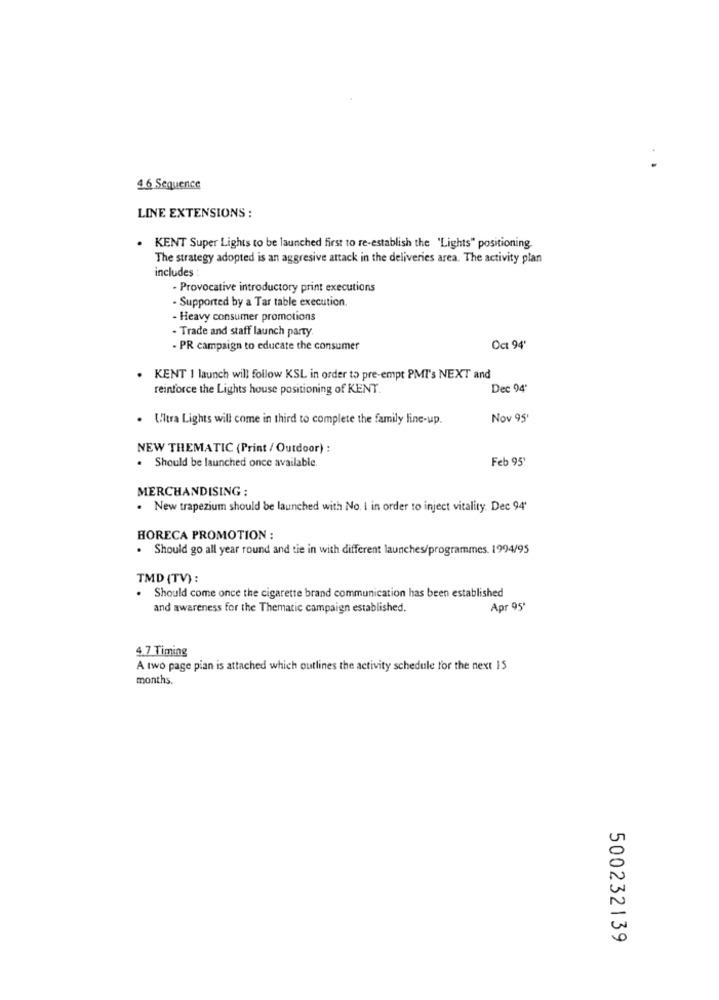
4.6 Sequence
LINE EXTENSIONS :
. KENT Super Lights to be launched first to re-establish the 'Lights" positioning.
The strategy adopted is an aggresive attack in the deliveries area. The activity plan
includes
· Provocative introductory print executions
Supported by a Tar table execution.
- Heavy consumer promotions
- Trade and staff launch party.
- PR campaign to educate the consumer
Oct 94"
KENT I launch will follow KSL in order to pre-empt PMT's NEXT and
reinforce the Lights house positioning of KENT.
Dec 94'
. Ultra Lights will come in third to complete the family line-up.
Nov 95'
NEW THEMATIC (Print / Outdoor) :
Feb 95'
. Should be launched once available.
MERCHANDISING :
. New trapezium should be launched with No. I in order to inject vitality. Dec 94'
HORECA PROMOTION :
Should go all year round and tie in with different launches/programmes. 1994/95
TMD (TV) :
.
Should come once the cigarette brand communication has been established
and awareness for the Thematic campaign established.
Apr 95*
4.7 Timing
A two page pian is attached which outlines the activity schedule for the next 15
months.
500232139